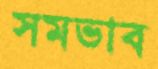
সমভাব